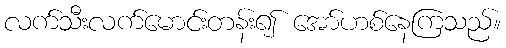
လက်သီးလက်မောင်းတန်း၍ အော်ဟစ်နေကြသည်။